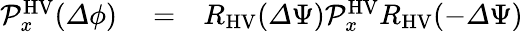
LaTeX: \begin{array}{rlr}{\mathcal{P}_{x}^{\mathrm{HV}}({\mathit\Delta\phi})}&{{}=}&{R_{\mathrm{HV}}({\mathit\Delta\Psi})\mathcal{P}_{x}^{\mathrm{HV}}R_{\mathrm{HV}}(-{\mathit\Delta\Psi})}\end{array}